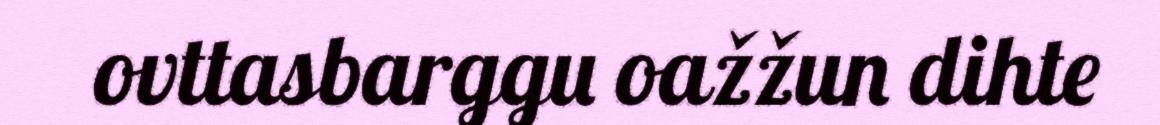
ovttasbarggu oažžun dihte